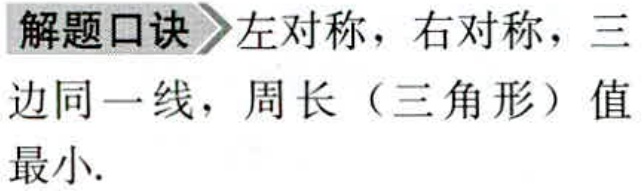
解题口诀>左对称，右对称，三边同一线，周长（三角形）值最小.